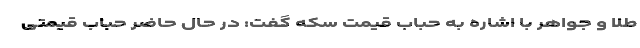
طلا و جواهر با اشاره به حباب قیمت سکه گفت: در حال حاضر حباب قیمتی